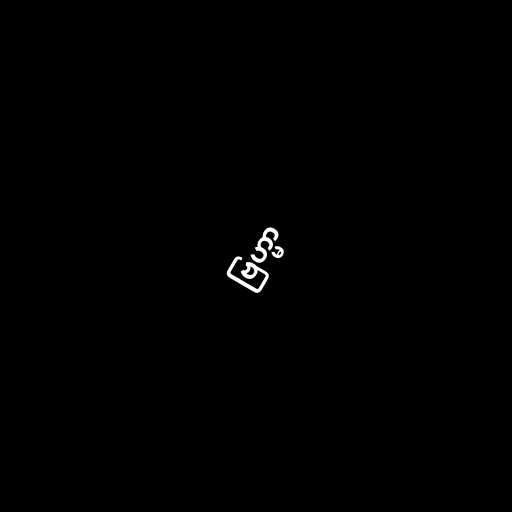
ဗြဟ္မာ